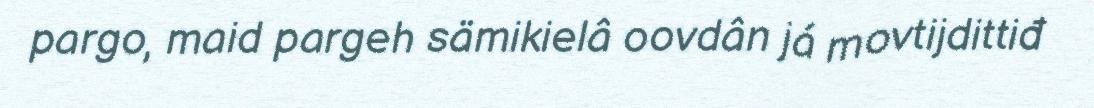
pargo, maid pargeh sämikielâ oovdân já movtijdittiđ